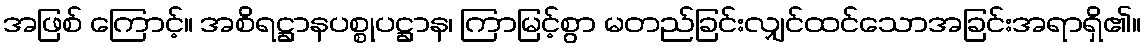
အဖြစ် ကြောင့်။ အစိရဋ္ဌာနပစ္စုပဋ္ဌာန၊ ကြာမြင့်စွာ မတည်ခြင်းလျှင်ထင်သောအခြင်းအရာရှိ၏။